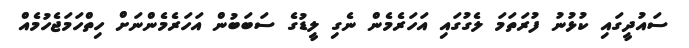
ސައުދީގައި ކުޅުނު ފުރަތަމަ ލެގުގައި އަހަރެމެން ނެގި ލީޑުގެ ސަބަބުން އަހަރެމެންނަށް ހިތްހަމަޖެހުމެއް